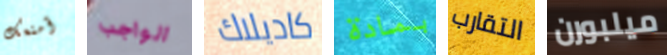
أمنعك الواجب كاديلاك بمادة التقارب ميلبورن